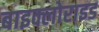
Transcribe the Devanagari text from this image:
बाइक्लोराइड